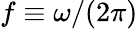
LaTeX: f\equiv\omega/(2\pi)